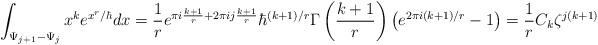
LaTeX: \begin{align*}\int_{\Psi_{j+1} - \Psi_j} x^k e^{x^r / \hbar} dx = \frac{1}{r}e^{ \pi i\frac{k+1}{r} + 2\pi i j \frac{k+1}{r}}\hbar^{(k+1)/r} \Gamma\left(\frac{k+1}{r}\right) \left(e^{2\pi i(k+1) / r} - 1\right)= \frac{1}{r} C_k \zeta^{j(k+1)}\end{align*}